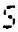
S